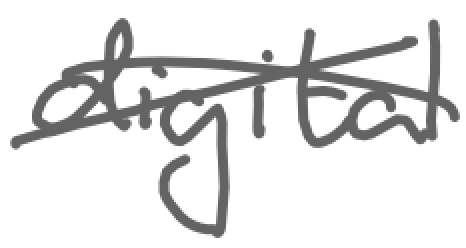
Text: digital
Cross-out: cross
Writing tool: digital_gray